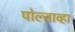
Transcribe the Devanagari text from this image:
पोल्ताव्हा